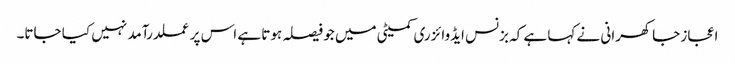
اعجاز جاکھرانی نے کہا ہے کہ بزنس ایڈوائزری کمیٹی میں جو فیصلہ ہوتا ہے اس پر عملدرآمد نہیں کیا جاتا۔